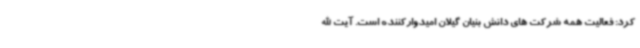
کرد: فعالیت همه شرکت های دانش بنیان گیلان امیدوارکننده است. آیت الله